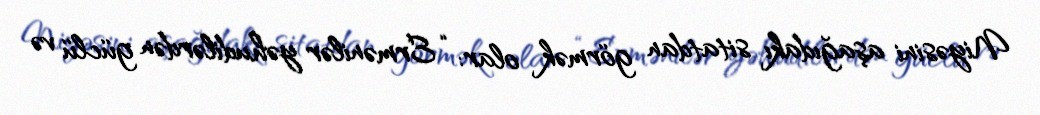
Niyəsini aşağıdakı sitatdan görmək olar: “Ermənilər yəhudilərdən güclü və